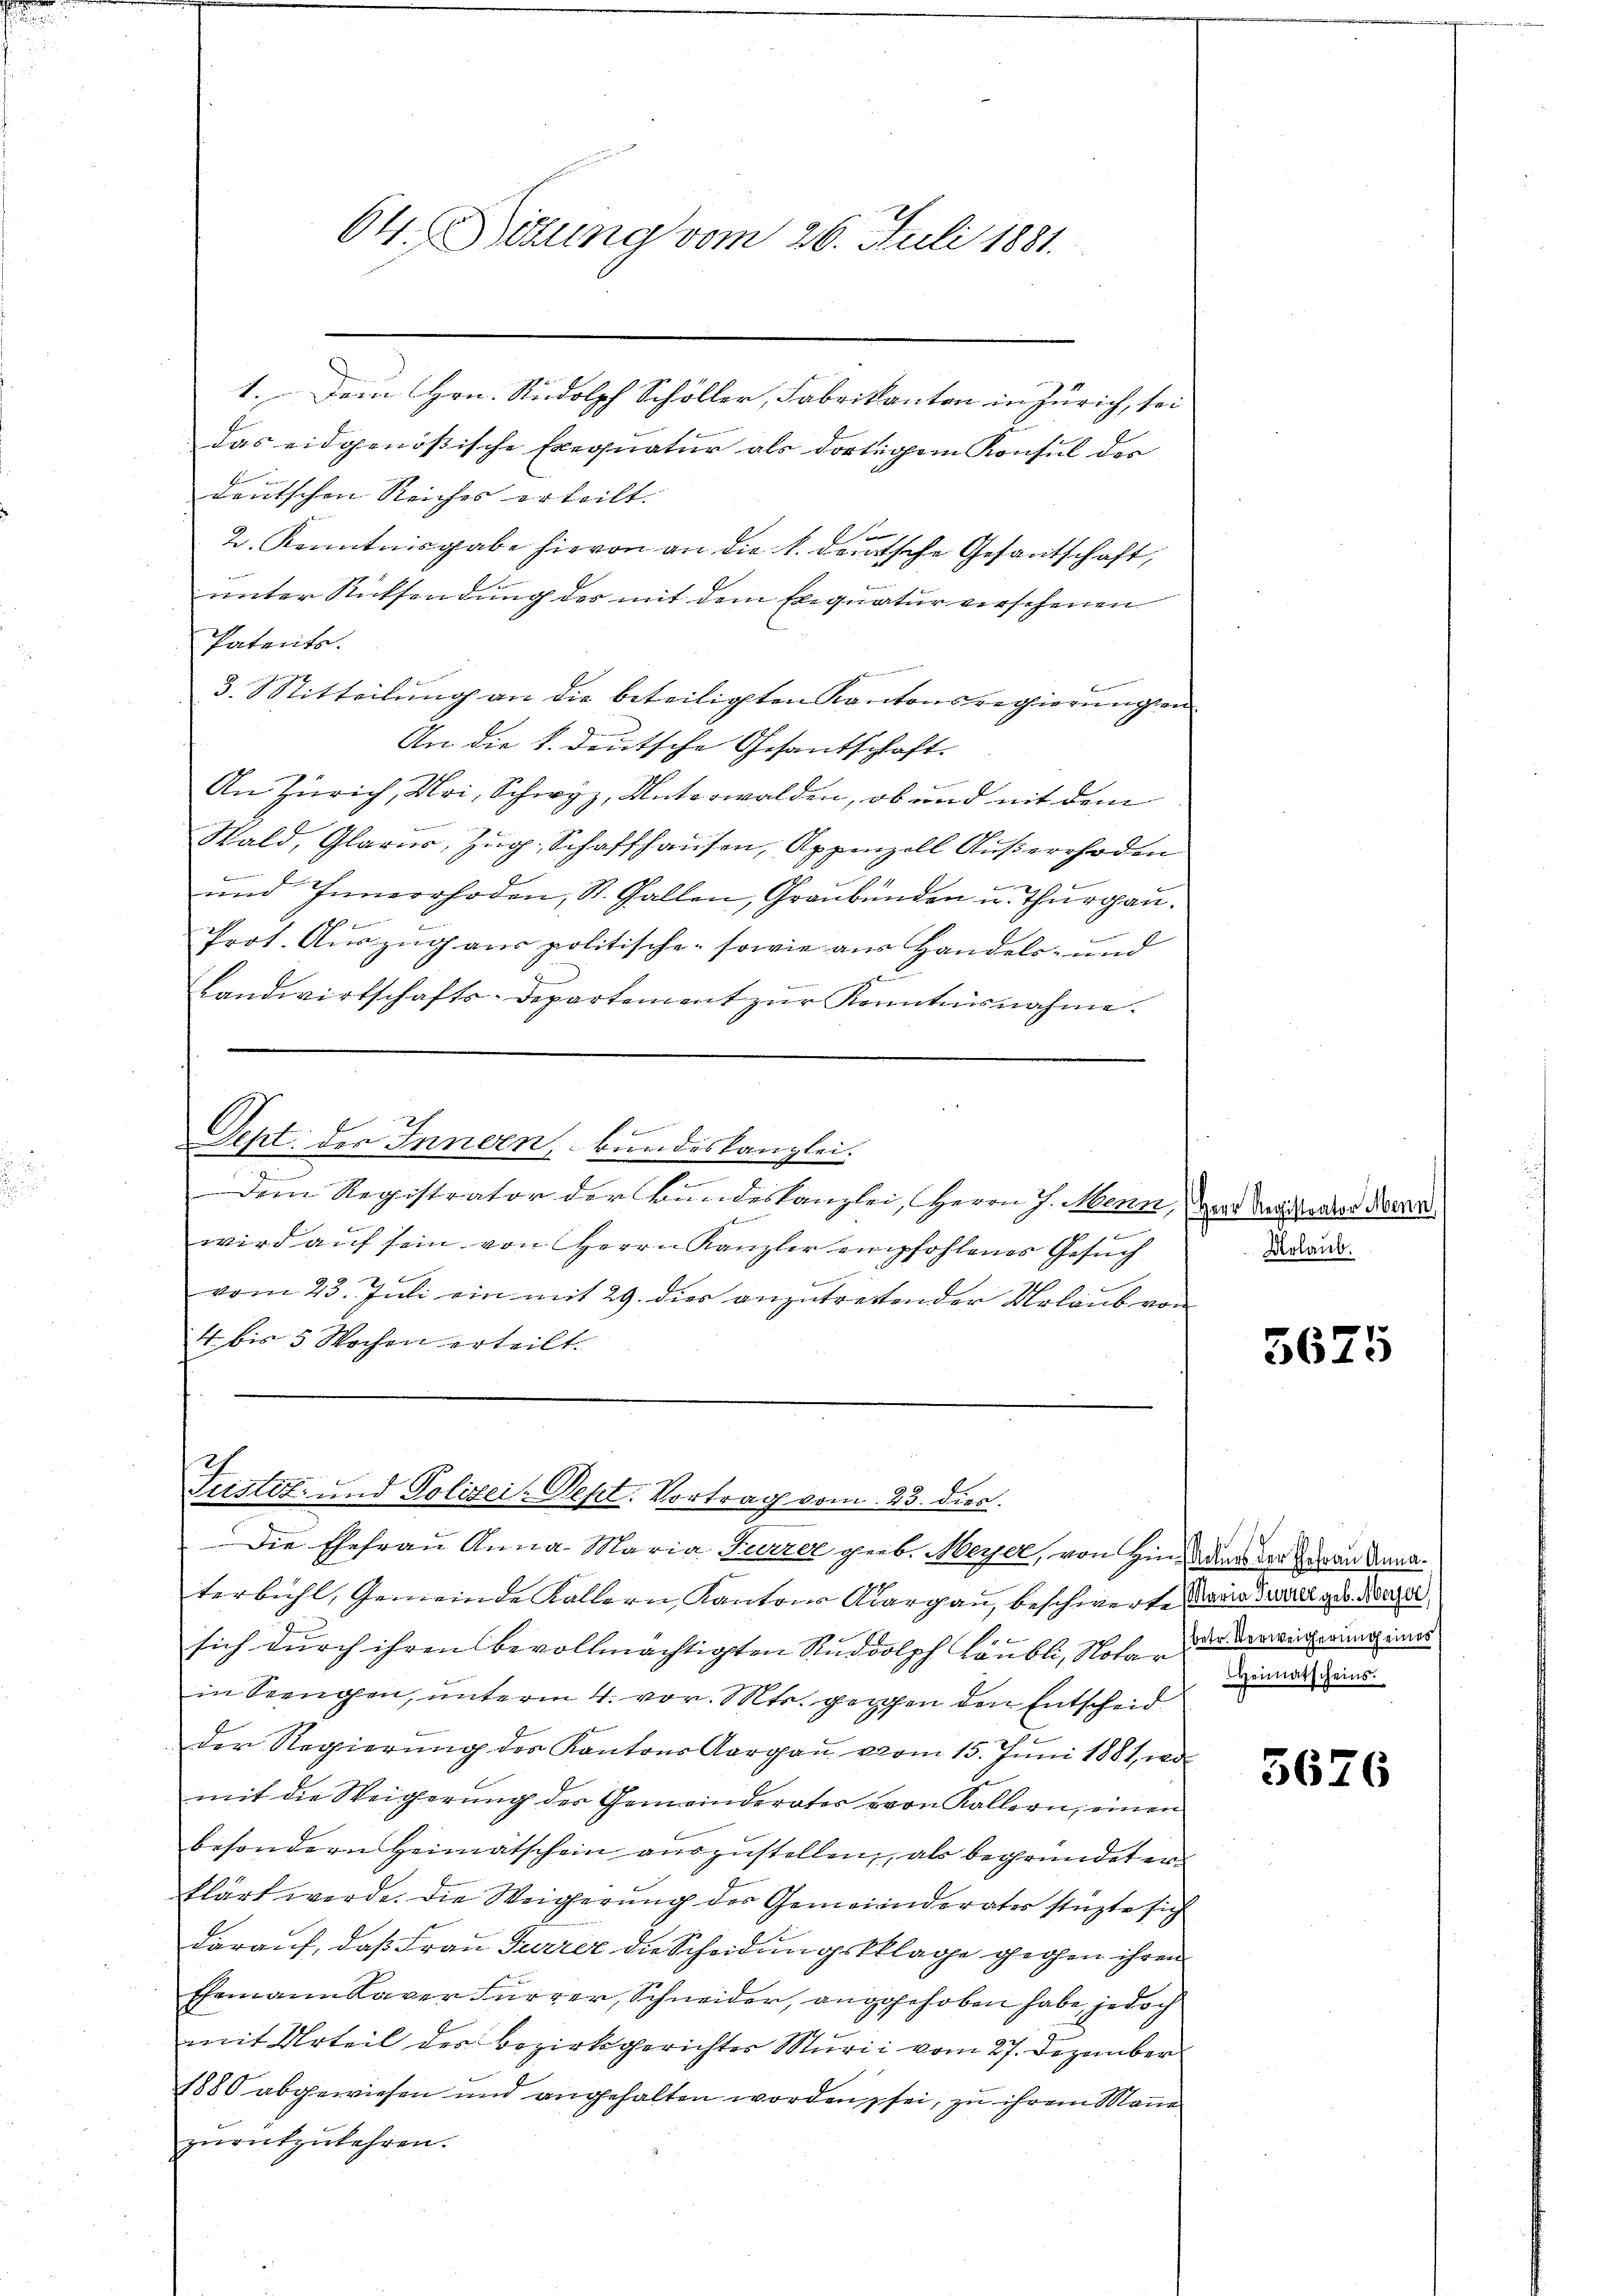
64. Mitung vom 26. Juli 1881.

1. Dem Hrn. Rudolph Schöller, Fabrikanton in Zürich, sei
z
das eidgenössische Exequatur als dortigem Konsul des
E
deutschen Reiches erteilt.
F
2. Kenntnisgabe hievon an die h. deutsche Gesantschaft,
unter Rücksendung des mit dem Exequatur verschenen
Patents.
3. Sitteilung an die beteiligten Kantonsregierungen
An die k. deutsche Gesantschaft.
t
An Zürich, Mai, Schwyz, Unterwalden, ob und mit dem

Wald, Glarus, Zŭg. Schaffhausen, Appenzell Aŭβerrhoden
s
und Innerrhoden, St. Gallen, Graubünden u. Thurgau.
Prot. Auszug aus politische sowie aus Handels- und
g
e
Landwirtschafts-Departement zŭr Kenntnisnahme.

f
Sept. des Innern, kundeskanzlei.

Dem Registrator der Bandeskanzlei, Herrn J. Menz, Herr Antonen Bern,
Baaren der eine
wird aŭf sein von Herrn Kanzler empfohlenes Gesuch
vom 23. Juli ein mit 29. dies anzutrettender Urlaub von
4 bis 5 Wochen erteilt.

Justiz- und Polizei. Sept. Vortrag vom 23. dien.
Die Ehefrau Anna Maria Furzer geb. Meyer, von hin des der Herau Anna¬

terbühl, Gemeinde Kollern Kantons Aargau, beschwert Maria dell geb. Norde
.
sich durch ihren bevollmächtigten Rudolph Läubli, Nota der dereicherung eines
in Seengen, unterm 4. vor. Mts. gegen den Entscheid
der Regierŭng des Kantons Aargaŭ vom 15. Juni 1881, wo
mit die Weigerung der Gemeinderater von Kallern, einen
besondern Heimatschein auszustellen, als begründeten
klärt werde. Die Weigerung der Gemeinderates stützte sich
darauf, daß Frau Furrer die Scheidungsklage gegen ihren
Ehemann Kaver Furrer, Schneider, angehoben habe, jedoch
mit Urteil des Bezirksgerichter Murii vom 27. Dezember
1880 abgewiesen und angehalten worden sei, zu ihrem Manne
zurückzukehren.

Urlaub.

3675

Heimatscheins.

3626